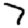
Digit: 7